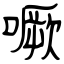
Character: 噘